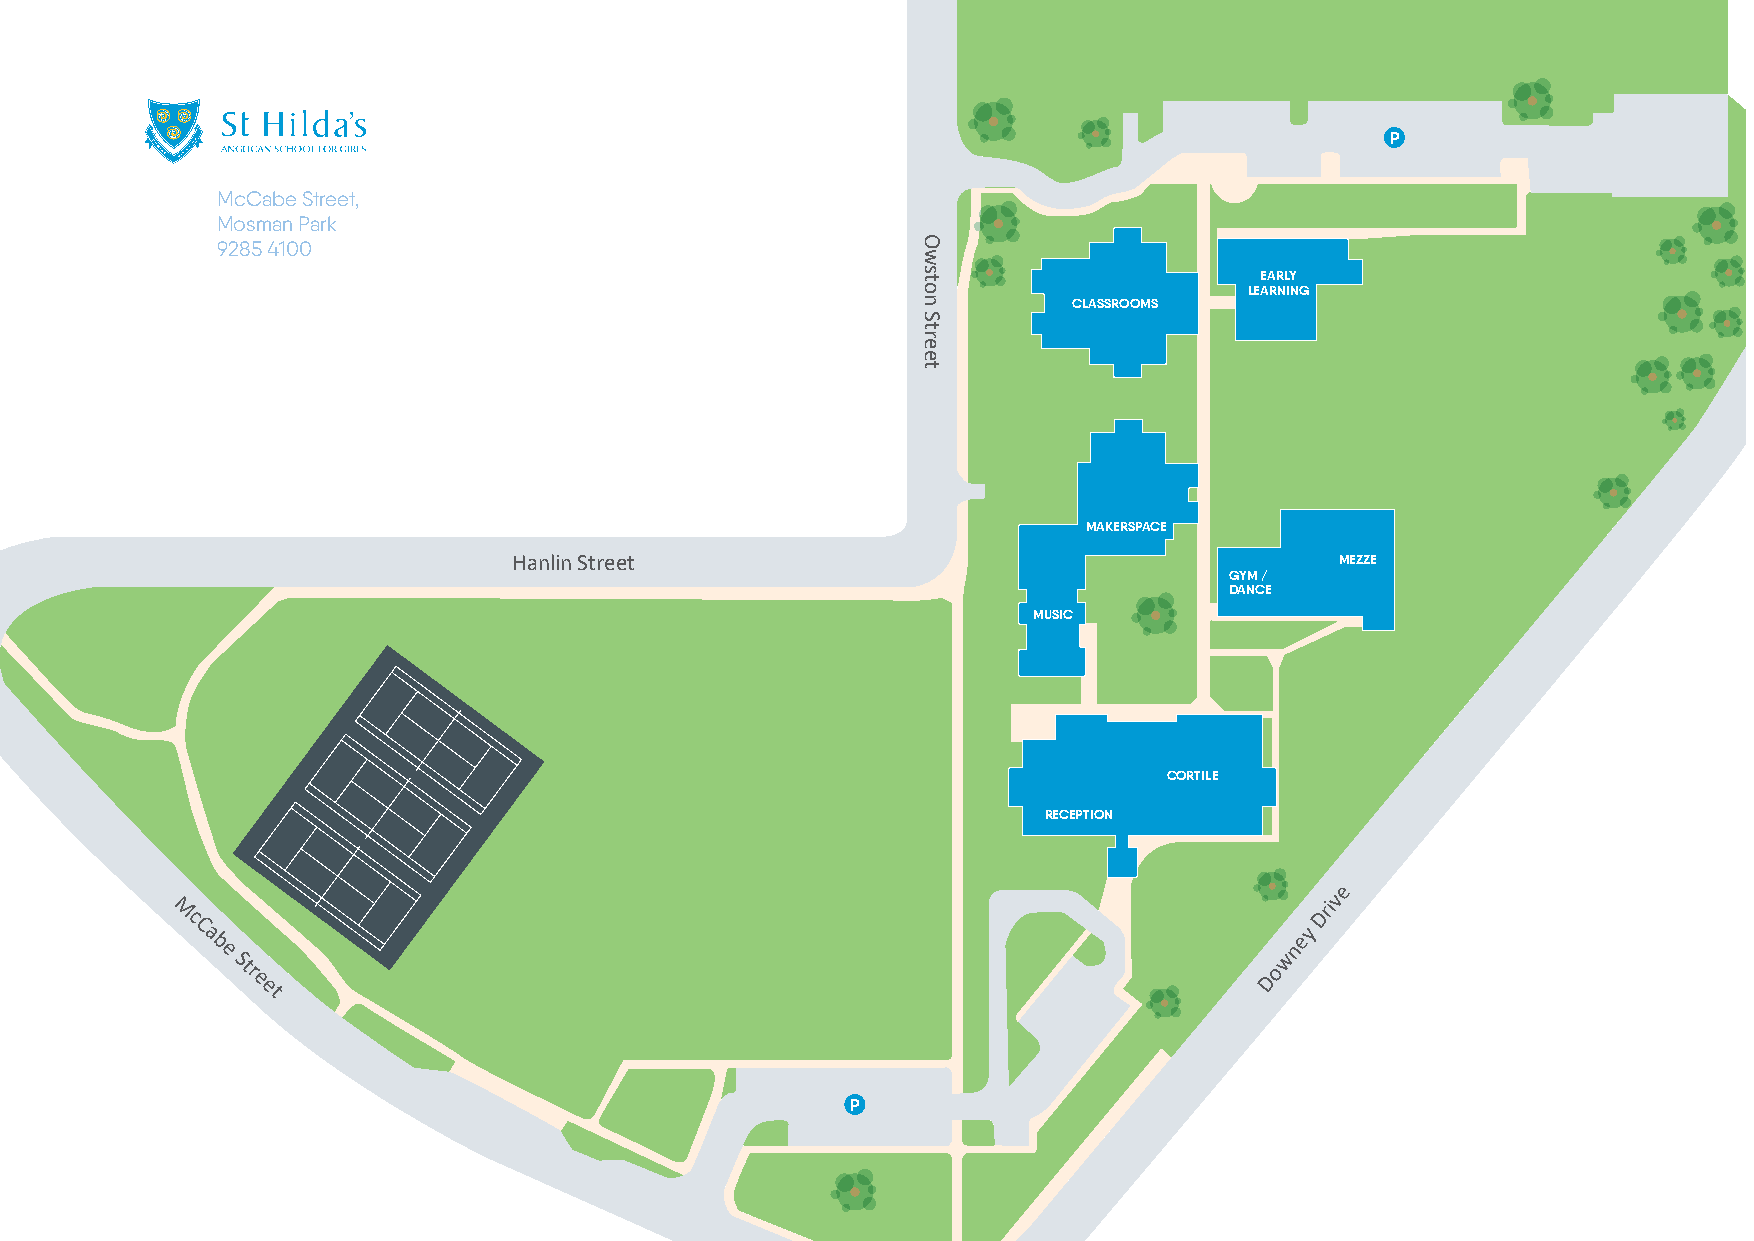
P
 McCabe Street,
 Mosman Park
 9285 4100                                      O
 w
 ts                    EARLY
 o                     LEARNING
 n         CLASSROOMS
 S
 t
 r
 e
 e
 t
 MAKERSPACE
 Hanlin Street                                          MEZZE
 GYM /
 DANCE
 MUSIC
 CORTILE
 RECEPTION
 e
 v
 M
 c
 Dri
 C a
 b
 e
 Str
 e
 Downey
 et
 P